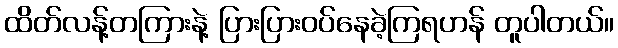
ထိတ်လန့်တကြားနဲ့ ပြားပြားဝပ်နေခဲ့ကြရဟန် တူပါတယ်။